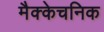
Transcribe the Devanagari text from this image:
मैक्केचनिक